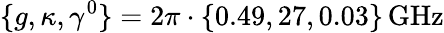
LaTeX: \{ g,\kappa,\gamma^{0}\} =2\pi\cdot\{ 0.49,27,0.03\} \, \mathrm{GHz}